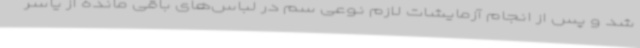
شد و پس از انجام آزمایشات لازم نوعی سم در لباس‌های باقی مانده از یاسر